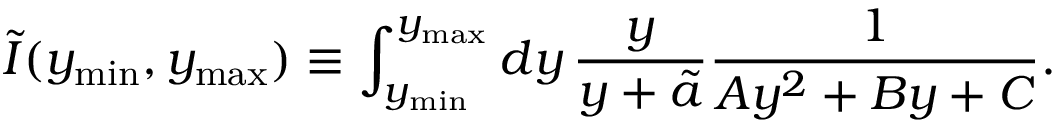
\tilde { I } ( y _ { \mathrm { m i n } } , y _ { \mathrm { m a x } } ) \equiv \int _ { y _ { \mathrm { m i n } } } ^ { y _ { \mathrm { m a x } } } d y \, \frac { y } { y + \tilde { a } } \frac { 1 } { A y ^ { 2 } + B y + C } .